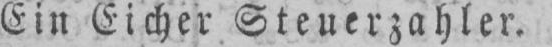
Ein Eicher Steuerzahler